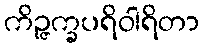
ကိဉ္ဇက္ခပရိဝါရိတာ